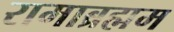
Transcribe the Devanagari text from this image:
रामाब्रह्मम